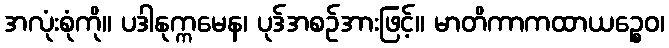
အလုံးစုံကို။ ပဒါနုက္ကမေန၊ ပုဒ်အစဉ်အားဖြင့်။ မာတိကာကထာယဉ္စေဝ၊